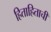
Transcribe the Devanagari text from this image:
हिताहिताची